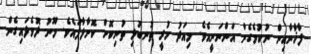
ފާޚާނާއިން ނުކުމެގެން އަންނަނީއެވެ. މިއަދު ހުރީ ތުނބުޅި ތުނިކޮށް ކޮށާލާފައެވެ. މޫނު ދޮވެލައިގެން